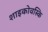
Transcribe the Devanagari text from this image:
शाइकोवस्कि